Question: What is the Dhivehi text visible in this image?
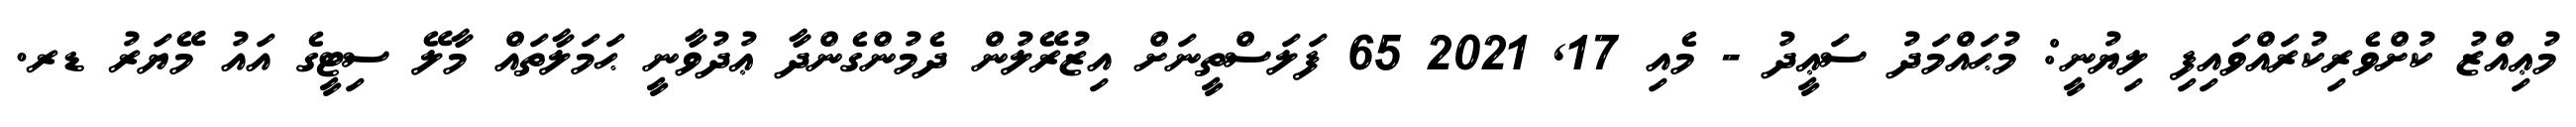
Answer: މުޢިއްޒު ކުށްވެރިކުރައްވައިފި ލިޔުނީ: މުޙައްމަދު ސަޢީދު - މެއި 17, 2021 65 ފަލަސްތީނަށް އިޒުރޭލުން ދެމުންގެންދާ ޢުދުވާނީ ޙަމަލާތައް މާލޭ ސިޓީގެ އައު މޭޔަރު ޑރ.